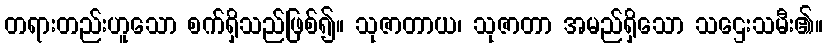
တရားတည်းဟူသော စက်ရှိသည်ဖြစ်၍။ သုဇာတာယ၊ သုဇာတာ အမည်ရှိသော သဌေးသမီး၏။